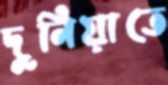
দুনিয়াতে